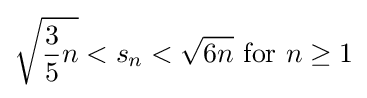
{\sqrt {{\frac {3}{5}}n}}<s_{n}<{\sqrt {6n}}{\text{ for }}n\geq 1